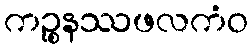
ကဉ္စနဿဖလကံဝ